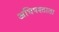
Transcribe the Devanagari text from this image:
अधिषश्ठाता